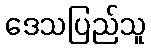
ဒေသပြည်သူ